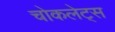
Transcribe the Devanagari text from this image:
चोकलेट्स